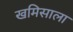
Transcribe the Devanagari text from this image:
खमिसाला